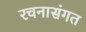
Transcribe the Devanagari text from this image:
रचनासंगत